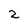
Character: 2